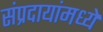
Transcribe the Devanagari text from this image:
संप्रदायांमध्ये